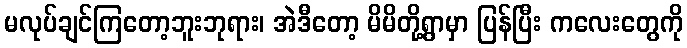
မလုပ်ချင်ကြတော့ဘူးဘုရား၊ အဲဒီတော့ မိမိတို့ရွာမှာ ပြန်ပြီး ကလေးတွေကို